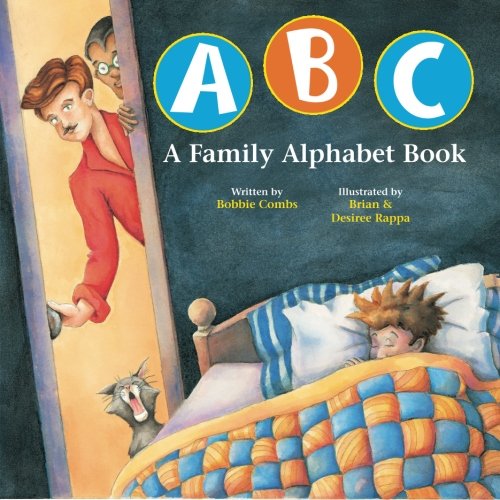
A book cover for ABC A Family Alphabet Book; Bobbie Combs; Gay & Lesbian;